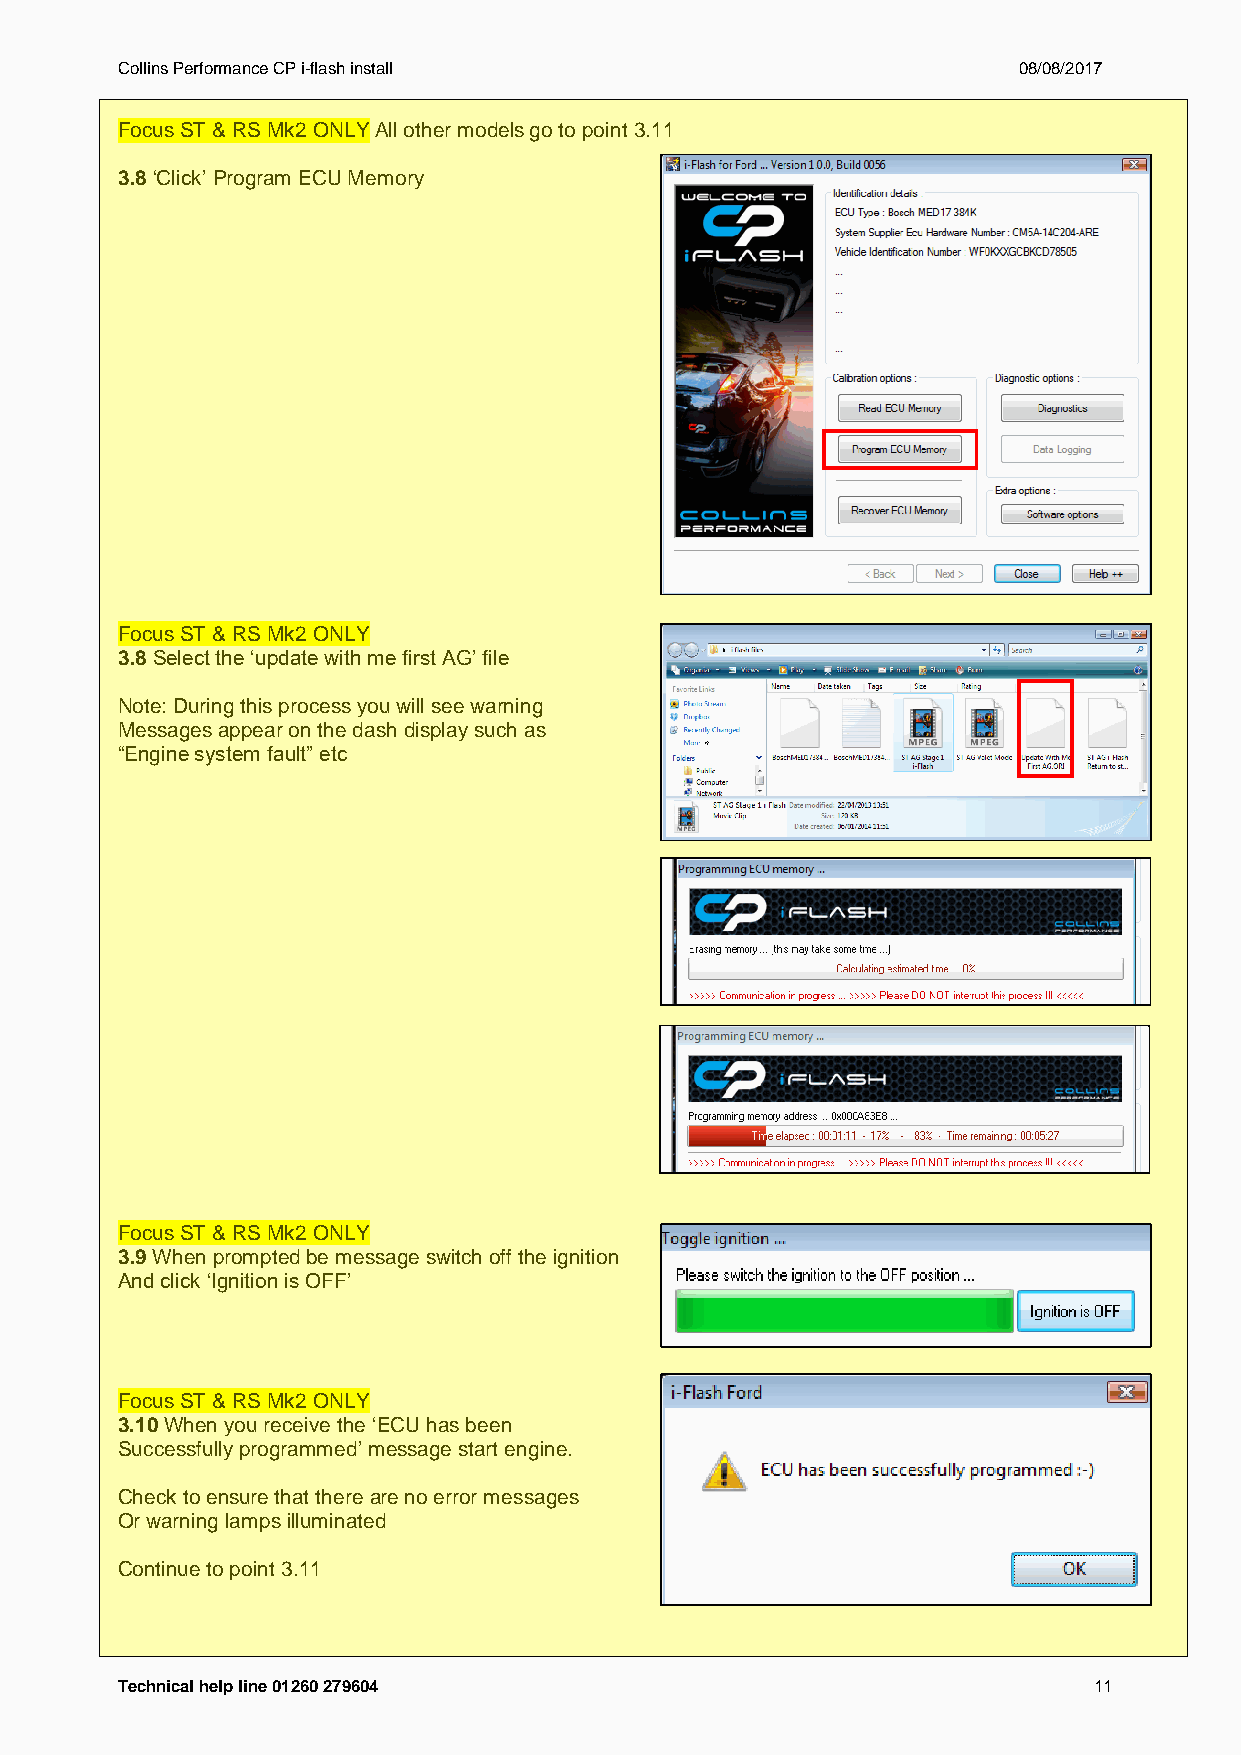
Collins Performance CP i-flash install                     08/08/2017
 Focus ST & RS Mk2 ONLY All other models go to point 3.11
 3.8 ‘Click’ Program ECU Memory
 Focus ST & RS Mk2 ONLY
 3.8 Select the ‘update with me first AG’ file
 Note: During this process you will see warning
 Messages appear on the dash display such as
 “Engine system fault” etc
 Focus ST & RS Mk2 ONLY
 3.9 When prompted be message switch off the ignition
 And click ‘Ignition is OFF’
 Focus ST & RS Mk2 ONLY
 3.10 When you receive the ‘ECU has been
 Successfully programmed’ message start engine.
 Check to ensure that there are no error messages
 Or warning lamps illuminated
 Continue to point 3.11
 Technical help line 01260 279604                                11